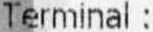
TERMINAL :